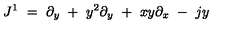
J ^ { 1 } \ = \ \partial _ { y } \ + \ y ^ { 2 } \partial _ { y } \ + \ x y \partial _ { x } \ - \ j y